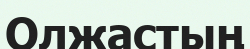
Олжастың